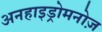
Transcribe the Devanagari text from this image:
अनहाइड्रोमनोज़